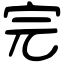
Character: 完